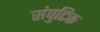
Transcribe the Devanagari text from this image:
संपुटिक